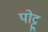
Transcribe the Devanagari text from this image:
पोट्टू